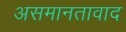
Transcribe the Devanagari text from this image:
असमानतावाद